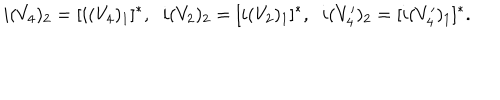
i ( V _ { 4 } ) _ { 2 } = [ i ( V _ { 4 } ) _ { 1 } ] ^ { * } , \; \; i ( V _ { 2 } ) _ { 2 } = [ i ( V _ { 2 } ) _ { 1 } ] ^ { * } , \; \; i ( V _ { 4 } ^ { \prime } ) _ { 2 } = [ i ( V _ { 4 } ^ { \prime } ) _ { 1 } ] ^ { * } .